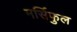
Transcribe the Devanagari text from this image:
मर्सिफुल